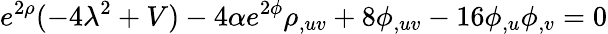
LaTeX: e^{2\rho}(-4\lambda^{2}+V)-4\alpha e^{2\phi}\rho_{,uv}+8\phi_{,uv}-16\phi_{,u}\phi_{,v}=0